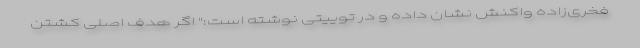
فخری‌زاده واکنش نشان داده و در توییتی نوشته است:" اگر هدف اصلی کشتن